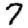
Digit: 7